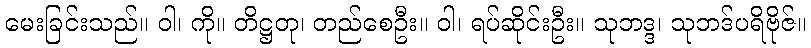
မေးခြင်းသည်။ ဝါ၊ ကို။ တိဋ္ဌတု၊ တည်စေဦး။ ဝါ၊ ရပ်ဆိုင်းဦး။ သုဘဒ္ဒ၊ သုဘဒ်ပရိဗိုဇ်။